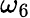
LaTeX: \omega_{6}